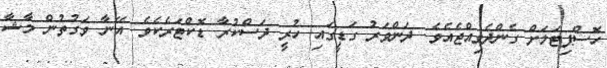
ހޮސްޕިޓަލަށް ގެންދެވިއްޖެއެވެ. ދަންވަރު ގަޑީގައި ހުރީ ދަސްކުރާ ޑޮކްޓަރެކެވެ. އޭނާ ވަގުތުން މާޝާ